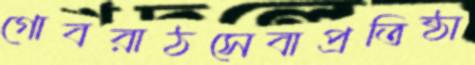
গোবরাঠসেবাপ্রতিষ্ঠা